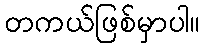
တကယ်ဖြစ်မှာပါ။